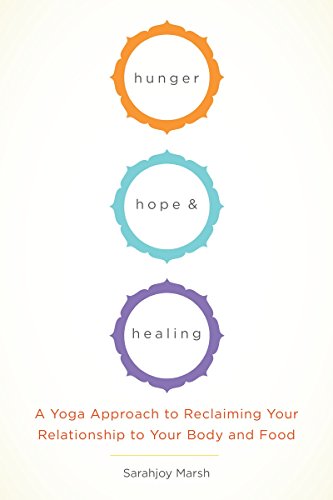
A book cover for Hunger, Hope, and Healing: A Yoga Approach to Reclaiming Your Relationship to Your Body and Food; Sarahjoy Marsh; Self-Help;